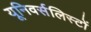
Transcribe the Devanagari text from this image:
यूनिवर्सलिस्टों